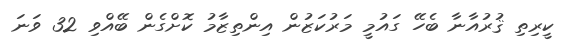
ކީރިތި ޤުރުއާނާ ބެހޭ ގައުމީ މަރުކަޒުން އިންތިޒާމު ކޮށްގެން ބޭއްވި 32 ވަނަ